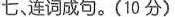
七、 连词成句。(10 分)